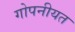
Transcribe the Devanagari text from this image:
गोपनीयत